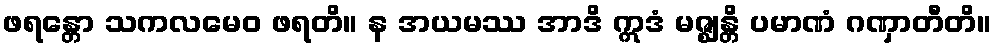
ဖရန္တော သကလမေဝ ဖရတိ။ န အယမဿ အာဒိ ဣဒံ မဇ္ဈန္တိ ပမာဏံ ဂဏှာတီတိ။